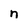
Character: n